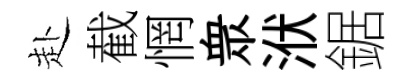
赴截惘衆洑鋸